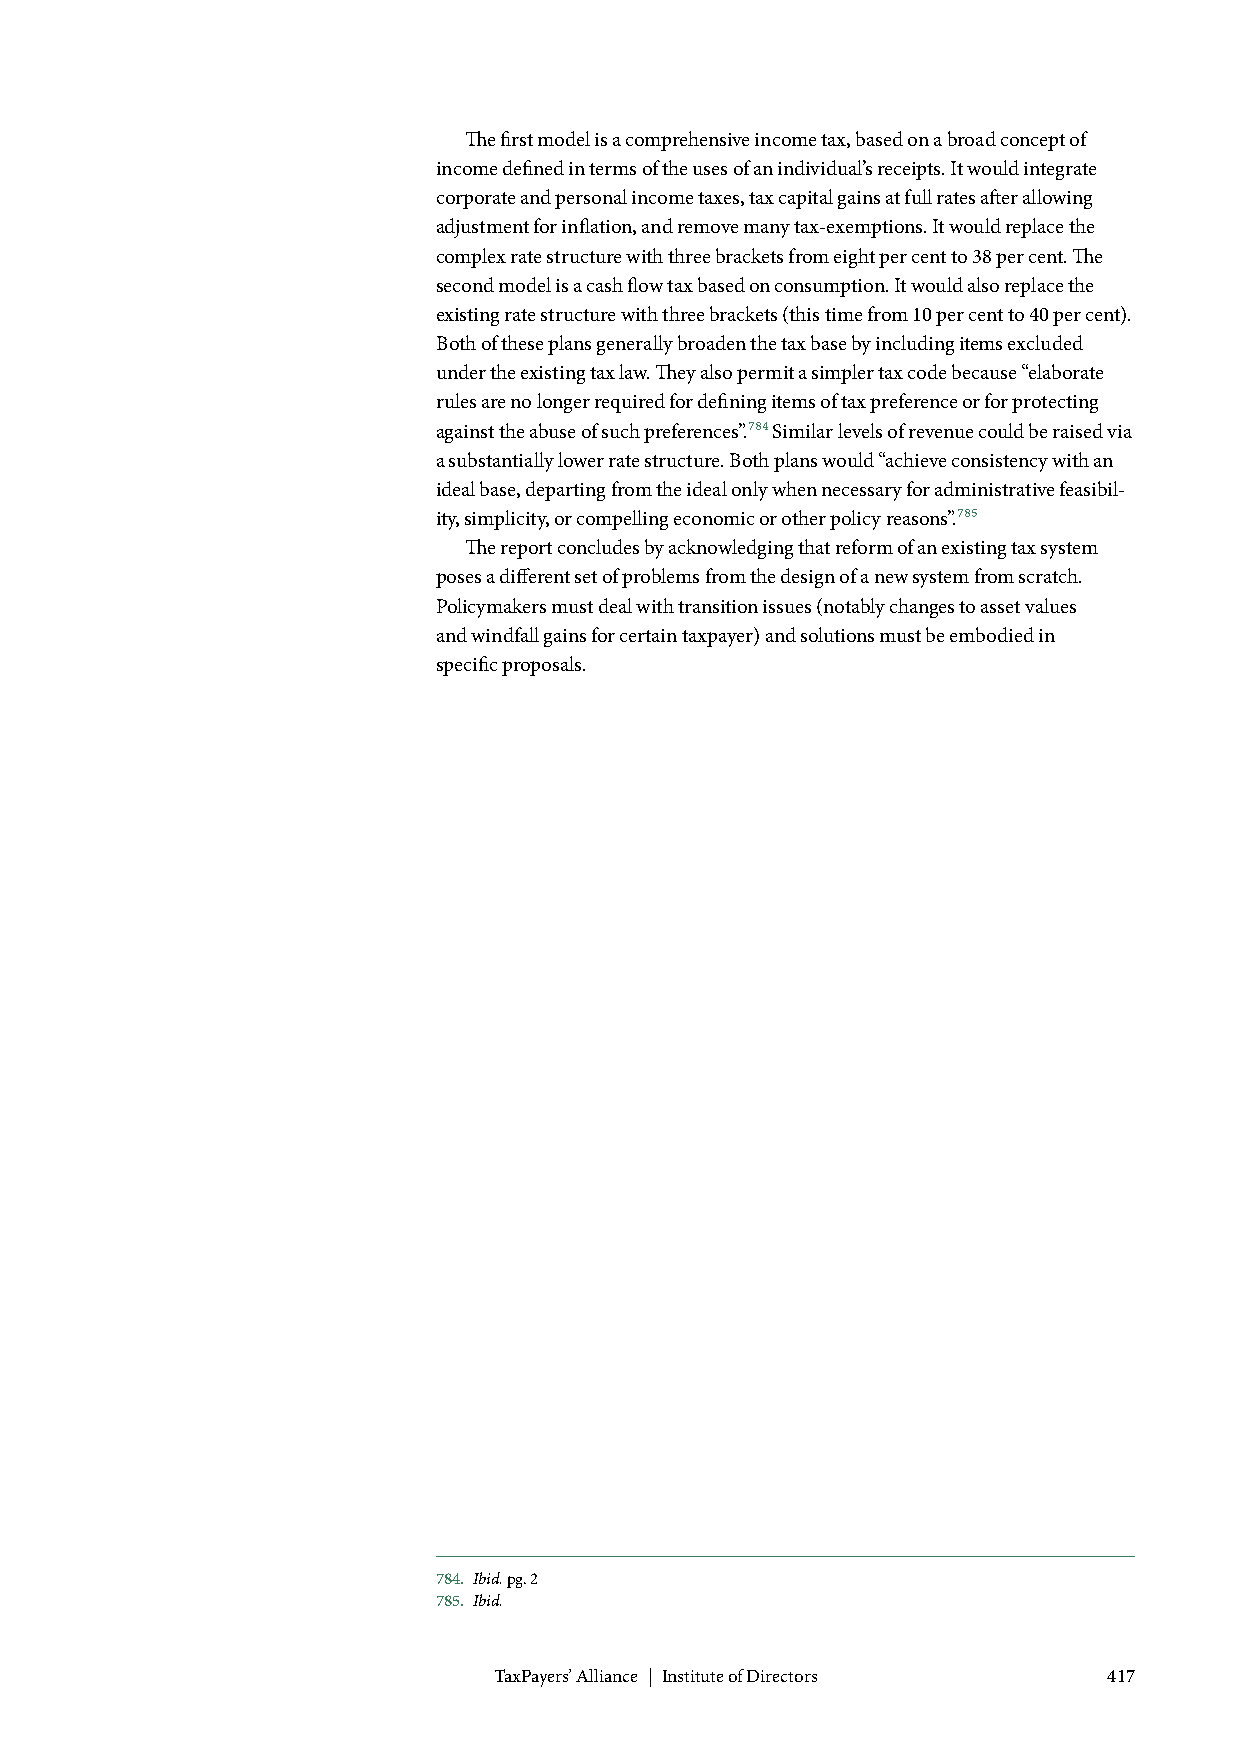
The first model is a comprehensive income tax, based on a broad concept of
 income defined in terms of the uses of an individual’s receipts. It would integrate
 corporate and personal income taxes, tax capital gains at full rates after allowing
 adjustment for inflation, and remove many tax-exemptions. It would replace the
 complex rate structure with three brackets from eight per cent to 38 per cent. The
 second model is a cash flow tax based on consumption. It would also replace the
 existing rate structure with three brackets (this time from 10 per cent to 40 per cent).
 Both of these plans generally broaden the tax base by including items excluded
 under the existing tax law. They also permit a simpler tax code because “elaborate
 rules are no longer required for defining items of tax preference or for protecting
 against the abuse of such preferences”.784 Similar levels of revenue could be raised via
 a substantially lower rate structure. Both plans would “achieve consistency with an
 ideal base, departing from the ideal only when necessary for administrative feasibil-
 ity, simplicity, or compelling economic or other policy reasons”.785
 The report concludes by acknowledging that reform of an existing tax system
 poses a different set of problems from the design of a new system from scratch.
 Policymakers must deal with transition issues (notably changes to asset values
 and windfall gains for certain taxpayer) and solutions must be embodied in
 specific proposals.
 784. Ibid. pg. 2
 785. Ibid.
 TaxPayers’ Alliance | Institute of Directors 417